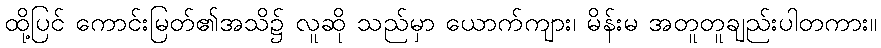
ထို့ပြင် ကောင်းမြတ်၏အသိ၌ လူဆို သည်မှာ ယောက်ကျား၊ မိန်းမ အတူတူချည်းပါတကား။